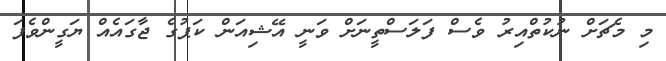
މި މެޗަށް ނުކުތްއިރު ވެސް ފަލަސްތީނަށް ވަނީ އޭޝިއަން ކަޕުގެ ޖާގައެއް ޔަގީންވެފަ